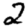
Digit: 2